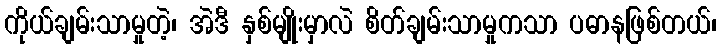
ကိုယ်ချမ်းသာမှုတဲ့၊ အဲဒီ နှစ်မျိုးမှာလဲ စိတ်ချမ်းသာမှုကသာ ပဓာနဖြစ်တယ်၊